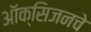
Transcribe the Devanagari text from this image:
ऑक्‍सिजनचे